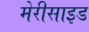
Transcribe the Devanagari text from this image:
मेरीसाइड